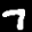
Label: 7